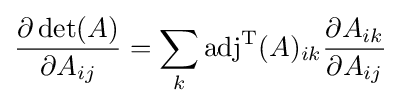
{\partial \det(A) \over \partial A_{ij}}=\sum _{k}\operatorname {adj} ^{\rm {T}}(A)_{ik}{\partial A_{ik} \over \partial A_{ij}}